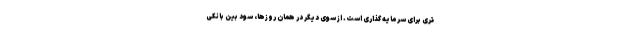
تری برای سرمایه گذاری است. از سوی دیگر در همان روزها، سود بین بانکی